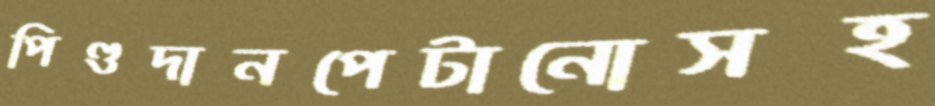
পিণ্ডদানপেটানোসহ